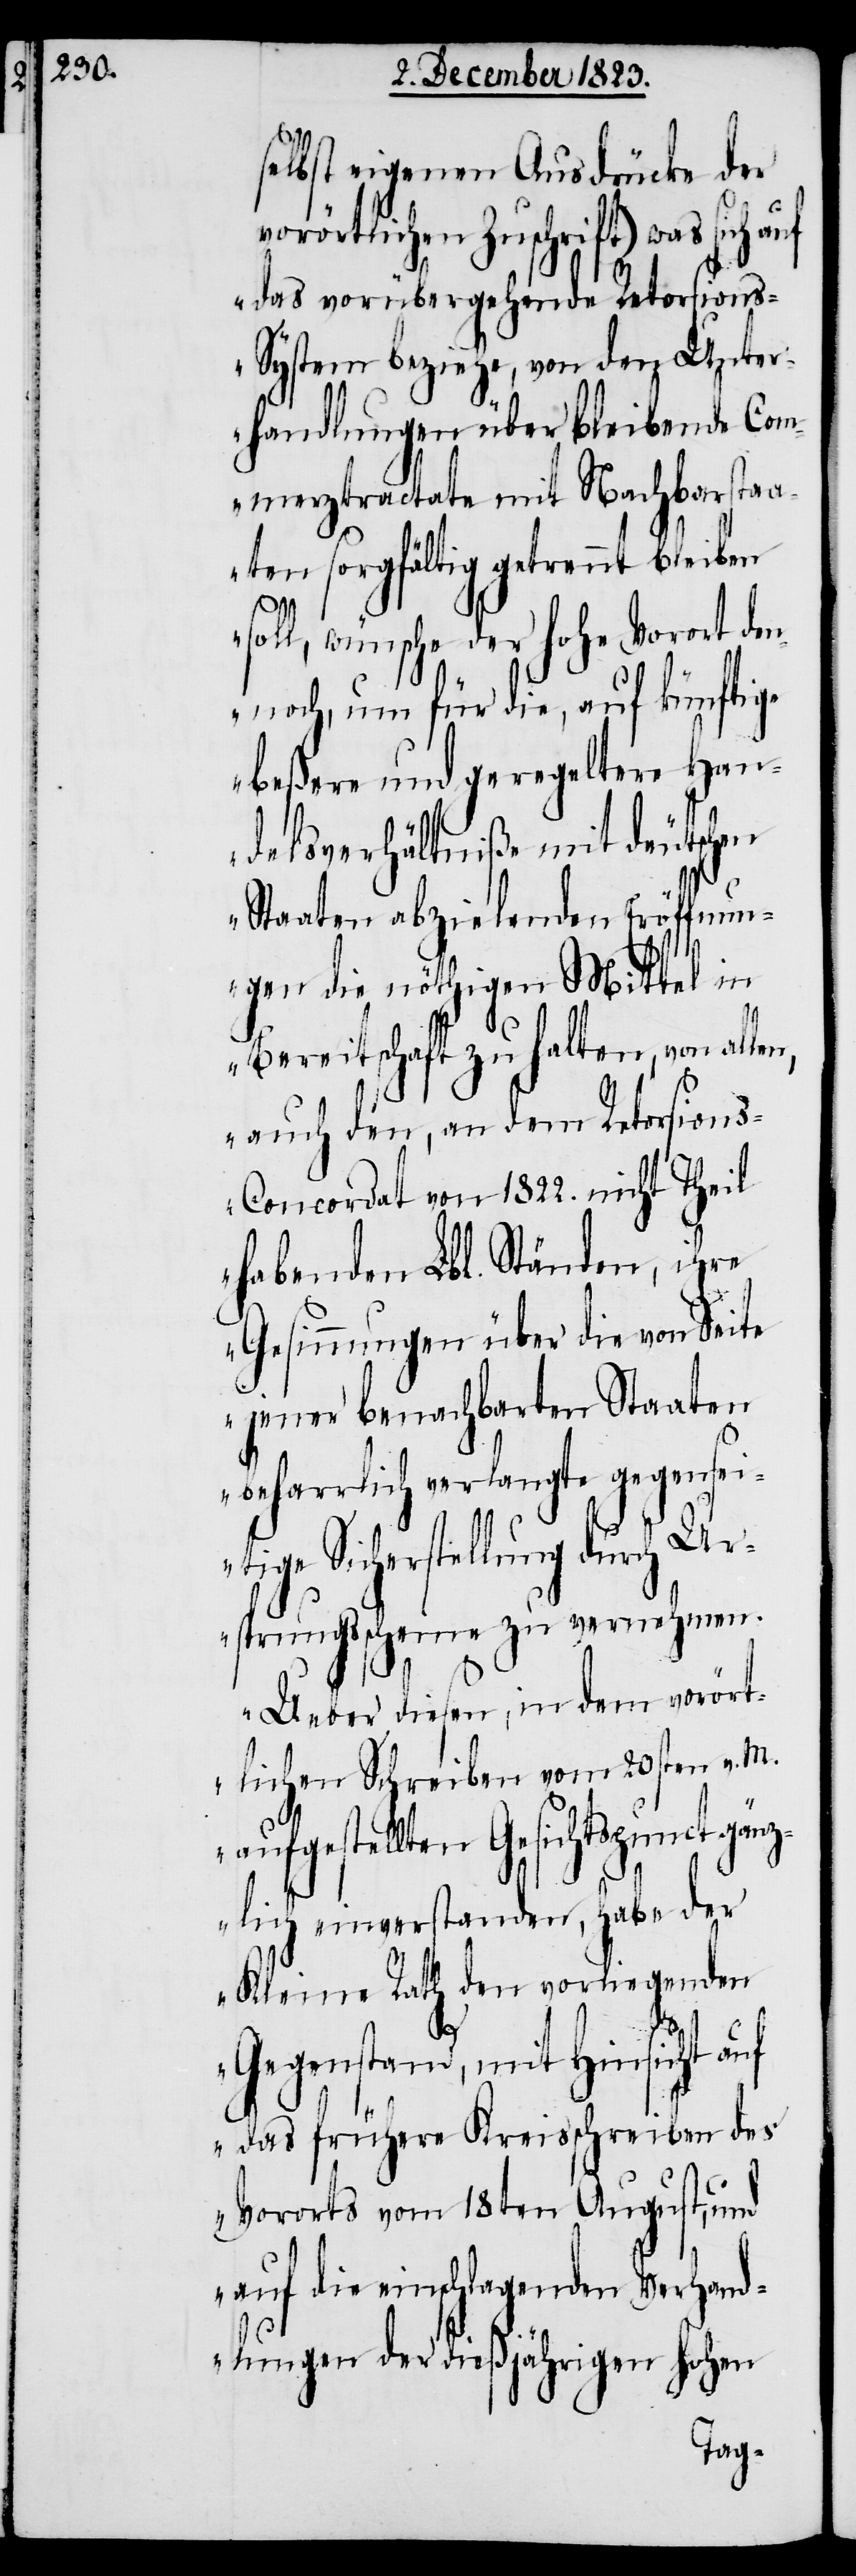
selbst eigenen Ausdrücke der
vorörtlichen Zuschrift) was sich auf
das vorübergehende Retorsion¬
s-System beziehe, von den Unter¬
handlungen überbleibende Com¬
merztractate mit Nachbarstaa¬
ten sorgfältig getrennt bleiben
soll, wünsche der hohe Vorort de¬
nnoch, um für die, auf künftige
beßere und geregeltere Han¬
delsverhältniße mit deutschen
Staaten abzielenden Eröffnun¬
gen die nöthigen Mittel in
Bereitschaft zu halten, von allen,
auch den, an dem Retorsion¬
s-Concordat von 1822. nicht Theil
habenden Lbl. Ständen, ihre
Gesinnungen über die von Seite
jener benachbarten Staaten
beharrlich verlangte gegenseit¬
ige Sicherstellung durch Ur¬
sprungsscheine zu vernehmen.
Ueber diesen, in dem vorört¬
lichen Schreiben vom 20sten v. M.
aufgestellten Gesichtspunct gänz¬
lich einverstanden, habe der
Kleine Rath den vorliegenden
Gegenstand, mit Hinsicht auf
das frühere Kreisschreiben des
Vororts vom 18ten August, und
auf die einschlagenden Verhand¬
lungen der dießjährigen hohen